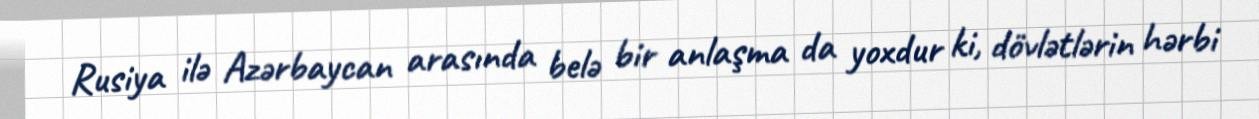
Rusiya ilə Azərbaycan arasında belə bir anlaşma da yoxdur ki, dövlətlərin hərbi